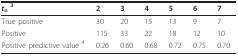
<table><thead><tr><td><b><i>t</i><sub>n </sub><sup>3</sup></b></td><td><b>2</b></td><td><b>3</b></td><td><b>4</b></td><td><b>5</b></td><td><b>6</b></td><td><b>7</b></td></tr></thead><tbody><tr><td>True positive</td><td>30</td><td>20</td><td>15</td><td>13</td><td>9</td><td>7</td></tr><tr><td>Positive</td><td>115</td><td>33</td><td>22</td><td>18</td><td>12</td><td>10</td></tr><tr><td>Positive predictive value <sup>4</sup></td><td>0.26</td><td>0.60</td><td>0.68</td><td>0.72</td><td>0.75</td><td>0.70</td></tr></tbody></table>